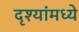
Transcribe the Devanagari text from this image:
दृश्यांमध्ये